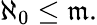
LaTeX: \aleph_{0}\leq{\mathfrak{m}}.